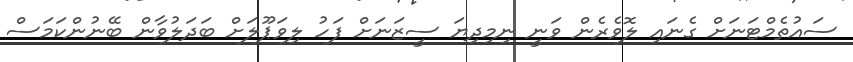
ސައުތެމްޓަނަށް ގެނައި ލޮވެރެން ވަނީ ނިމިދިޔަ ސީޒަނަށް ފަހު ލިވަޕޫލަށް ބަދަލުވާން ބޭނުންކަމަސް